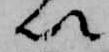
以